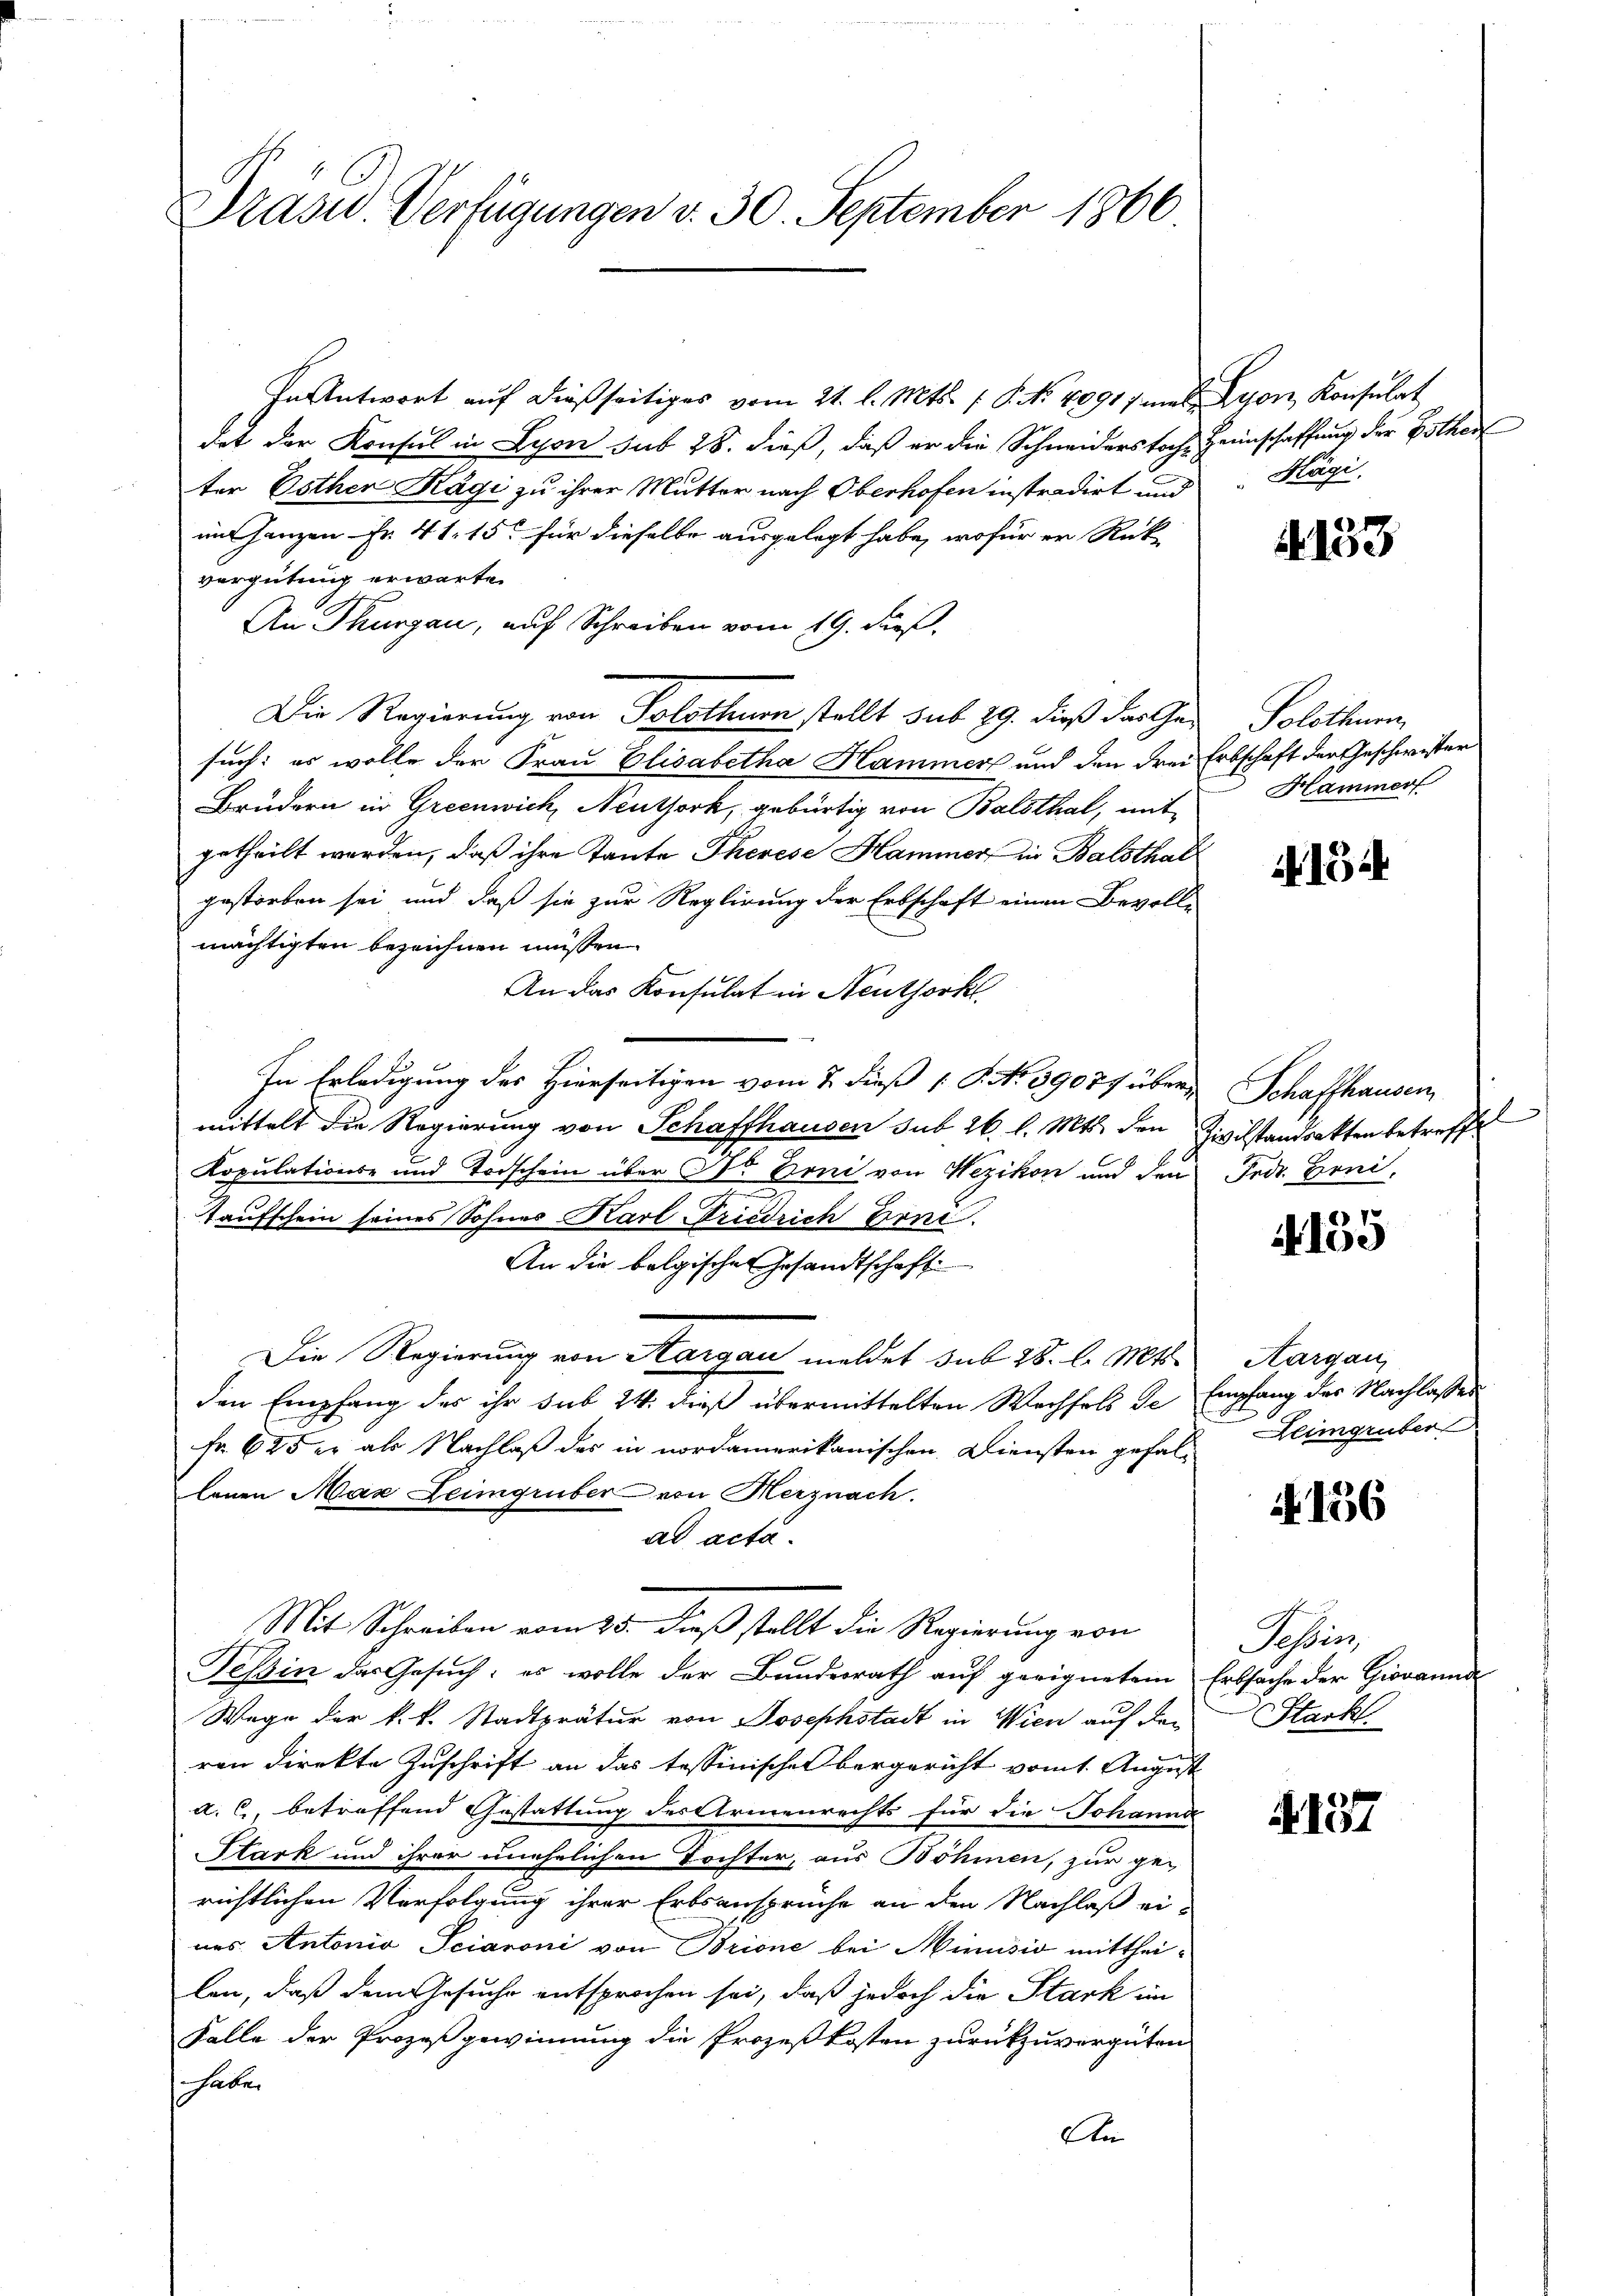
Prasw. Verfügungen v. 30. September 1866

In Antwort auf dießseitiges vom 21. l. Mts. f. P. No. 1891 mal Lyon, Konsulat
det der Konsul in Lyon sub 28. dieß, daß er die Schneiderstoche Heimschaffung der Bother
ter Göthen Kägi zu ihrer Mutter nach Oberhofen instradirt und
mmt ganzen Fr. 41. 15. für dieselbe ausgelegt habe, wofür er Rückvergütung erwarten
An Thurgau, auf Schreiben vom 19. dieß.
Die Regierung von Solothurn stellt sub 29. dieß das Gesuch: es wolle der Frau Elisabetha Hammer und den drei-
Brudern in Greenwick, Neuthork, gebürtig von Balsthal, mit
getheilt worden, daß ihre Tante Therese Hammer in Balsthal
gestorben sei und daß sie zur Reglirung der Erbschaft einen Bevolle
mächtigten bezeichnen müssen.
An das Konsulat in Neuthork
In Erledigung des Hierseitigen vom 7. dieß P. No 39077 übermittelt die Regierung von Schaffhausen sub 26. l. Mts. den
Kopulations- und Todschein über C. Boni von Wezikon und den
Kaufschein seines Sohnes Karl Friedrich Front.
An die bolgischer Gesandtschaft
Die Regierung von Aargau meldet sub 28. l. Mts.
den Empfang des ihr sub 24. dieß übermittelten Wechsels de
Fr. 625 er als Nachlaß des in nordamerikanischen Diensten gefallenen Max Leimgruber von Herznach.
ad acta.
Mit Schreiben vom 25. dieß stellt die Regierung von
Tessin das Gesuch: es wolle der Bundesrath auf geeignetem
Wege der k.k. Stadtprätur von Josephstadt in Wien auf den
ren direkte Zuschrift an das tessinisches bergericht vom 1. August
a. c., betreffend Gestattung des Armenrechts für die Johannd
Stark und ihrer unehelichen Tochter, aus Böhmen, zur ge-
richtlichen Verfolgung ihrer Erbsansprüche an den Nachlaß ei-
nes Antonio Seiaroni von Brione bei Minusio mittheilen, daß dem Gesuche entsprochen sei, daß jedoch die Stark im
Falle der Prozeßgewinnung die Prozeßkosten zurückzuvergüten
haben
E

Hägi.

4133

Solothurn
Erbschaft der Geschwister
Hammerf

415

Schaffhausen
Zivilstandrathen betreffe
Frdr. Erni,

.61
100

Aargau,
Empfang des Nachlasses
Leimgruber

A 156

Tessin,
Erbsache der Giovannde
Stark

§. 157